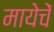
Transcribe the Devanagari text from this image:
मायेचें